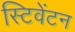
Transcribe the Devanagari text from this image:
स्टिवेंटन